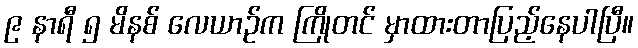
၉ နာရီ ၅ မိနစ် လေယာဉ်က ကြိုတင် မှာထားတာပြည့်နေပါပြီ။